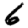
Digit: 6